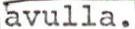
avulla.